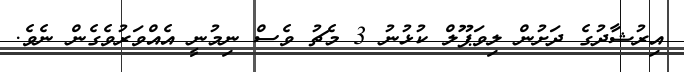
އިރުޝާދުގެ ދަށުން ލިވަޕޫލް ކުޅުނު 3 މެޗު ވެސް ނިމުނީ އެއްވަރުވެގެން ނެވެ.